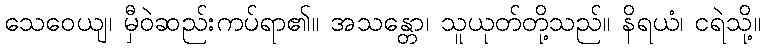
သေဝေယျ၊ မှီဝဲဆည်းကပ်ရာ၏။ အသန္တော၊ သူယုတ်တို့သည်။ နိရယံ၊ ငရဲသို့။